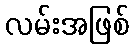
လမ်းအဖြစ်